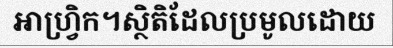
អាហ្វ្រិក។ស្ថិតិដែលប្រមូលដោយ